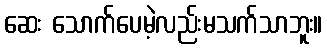
ဆေး သောက်ပေမဲ့လည်းမသက်သာဘူး။